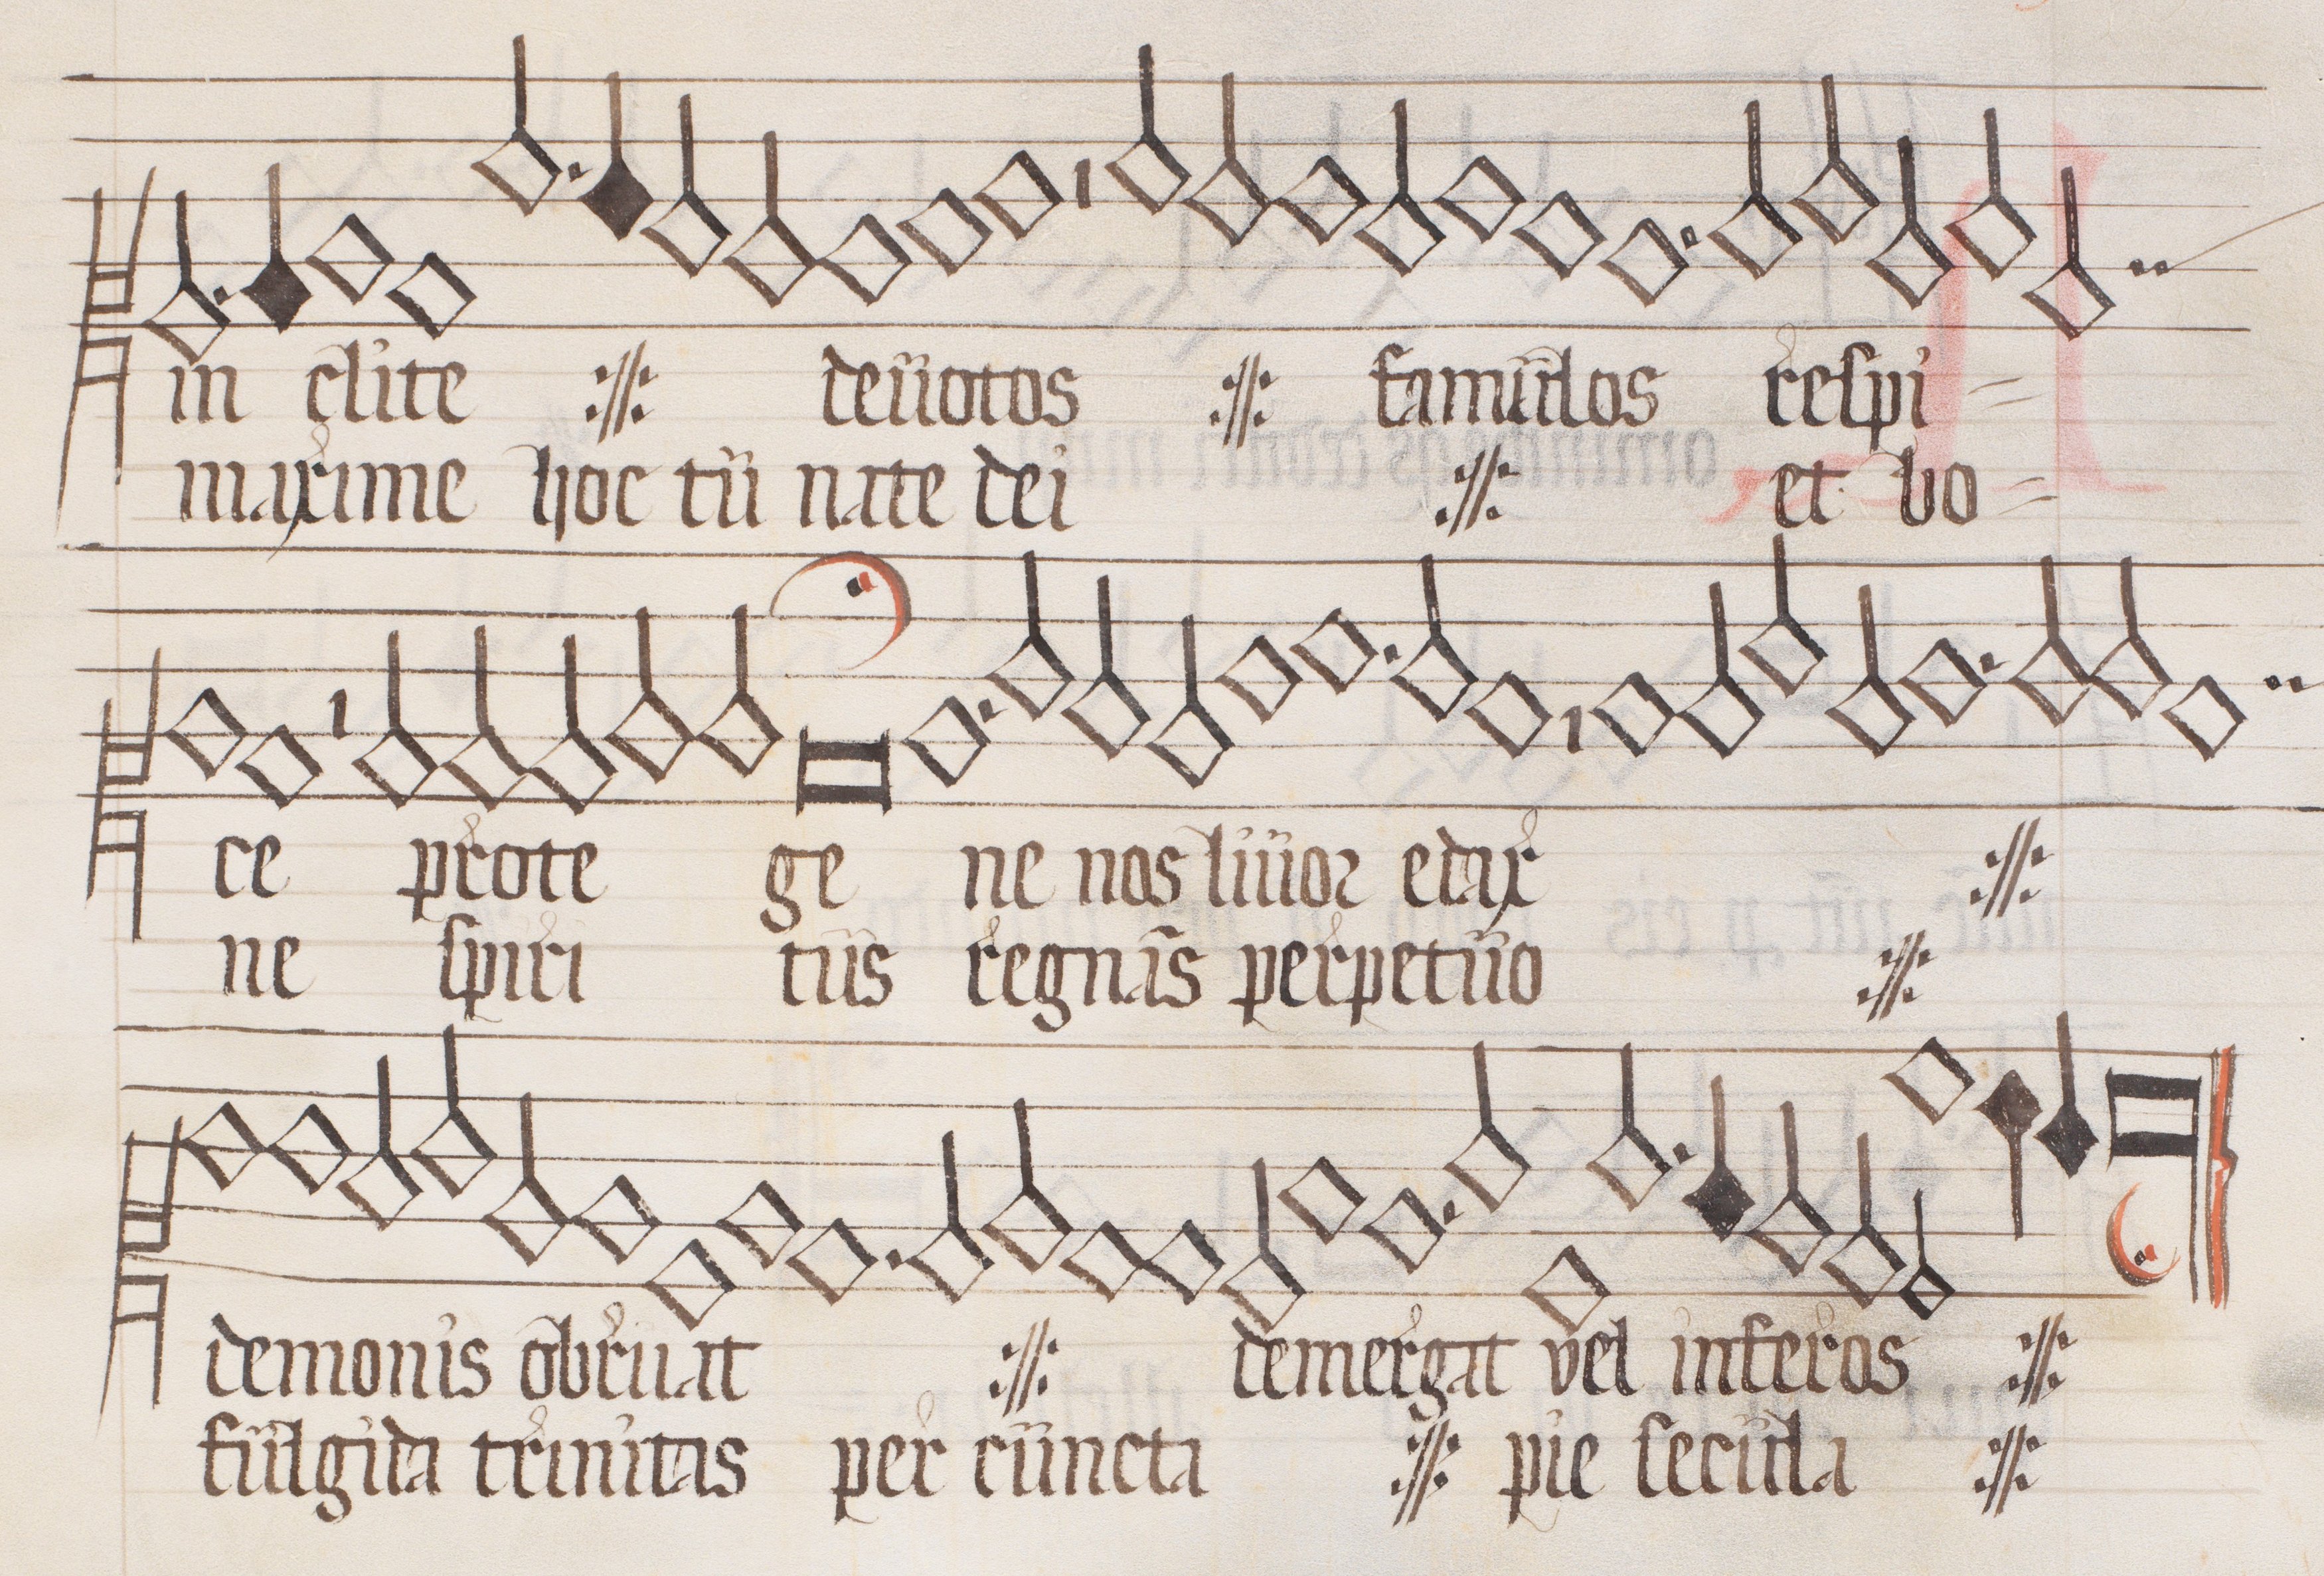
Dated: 1562–1564